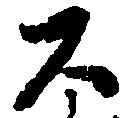
公